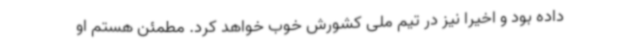
داده بود و اخیرا نیز در تیم ملی کشورش خوب خواهد کرد. مطمئن هستم او